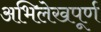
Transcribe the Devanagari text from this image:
अभिलेखपूर्ण